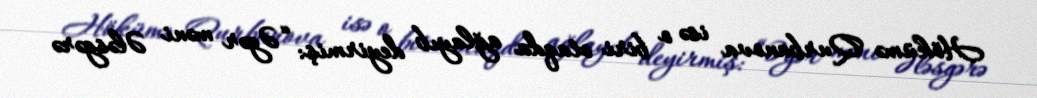
Hökümə Qurbanova isə o biri otaqda ağlayıb deyirmiş: “Əgər məni Ələsgərə